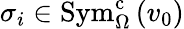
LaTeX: \sigma_{i}\in\mathrm{Sym}_{\Omega}^{\mathrm{c}}\left(v_{0}\right)